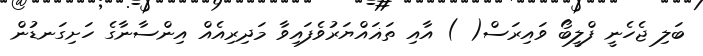
ބަލި ޖެހެނީ ފްލީބޯ ވައިރަސް( ) އާއި ތަޣައްޔަރުވެފައިވާ މަދިރިއެއް އިންސާނާގެ ހަށިގަނޑުން